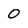
Character: O